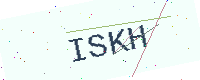
Text: ISKH